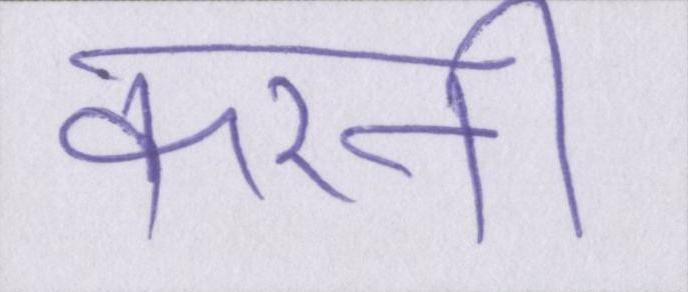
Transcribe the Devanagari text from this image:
करनी